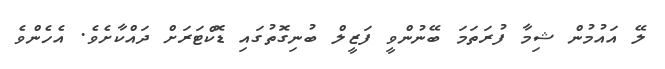
ލޭ އައުމުން ޝިމާ ފުރަތަމަ ބޭނުންވީ ފަޒީލް ބުނިގޮތުގައި ޑޮކްޓަރަށް ދައްކާށެވެ. އެހެންވެ